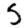
Digit: 5